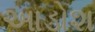
આડોશ